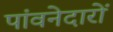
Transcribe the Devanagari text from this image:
पांवनेदारों